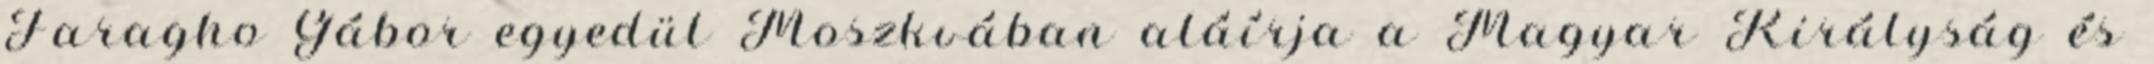
Faragho Gábor egyedül Moszkvában aláírja a Magyar Királyság és